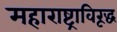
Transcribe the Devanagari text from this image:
महाराष्ट्राविरूद्ध